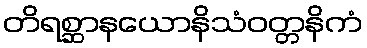
တိရစ္ဆာနယောနိသံဝတ္တနိကံ